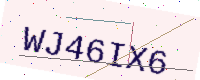
Text: WJ46IX6